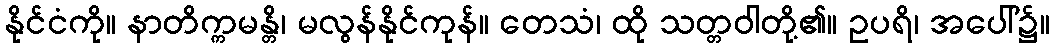
နိုင်ငံကို။ နာတိက္ကမန္တိ၊ မလွန်နိုင်ကုန်။ တေသံ၊ ထို သတ္တဝါတို့၏။ ဥပရိ၊ အပေါ်၌။